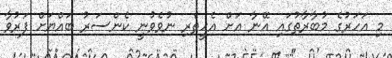
މި އަހަރުގެ މުބާރާތުގައި އޭނާ އަށް އެހީތެރި ނުވެވުނީ ކެންސަރު ބައްޔަށް ފަރުވާ